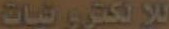
للالكترونيات